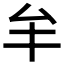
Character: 𠫚